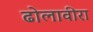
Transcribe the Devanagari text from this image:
ढोलावीरा